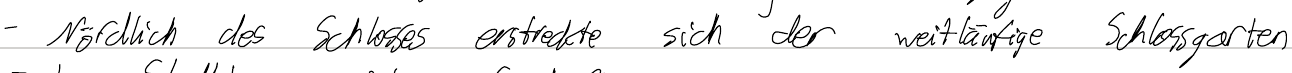
- Nördlich des Schlosses erstreckte sich der weitläufige Schlossgarten